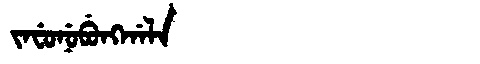
Manchu: ᠵᠠᠸᡠᠨᡠᠪᡠᠩᡤᠠᠯᠠ
Romanization: JAFUNUBUNGGALA